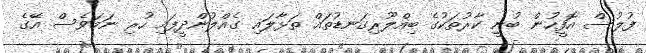
ފުލުސް އޮފީހުން ބުނީ ކާރުތަކުގެ ބިއްލޫރިގަނޑުތައް ތަޅާލައި ގެއްލުންދީފައި ހުރި ނަމަވެސް އޭގެ